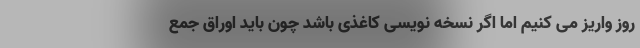
روز واریز می کنیم اما اگر نسخه نویسی کاغذی باشد چون باید اوراق جمع